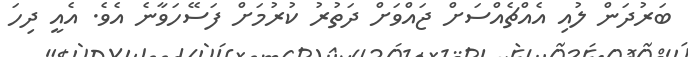
ބަރުދަން ލުއި އެއްޗެއްސަށް ޖައްވަށް ދަތުރު ކުރުމަށް ފަސޭހަވާނެ އެވެ. އެއީ ދިހަ